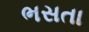
ભસતા